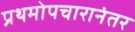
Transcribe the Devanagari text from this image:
प्रथमोपचारानंतर